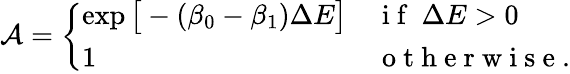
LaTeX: \mathcal{A}=\left\{ \begin{array}{ll}{\exp\big[-(\beta_{0}-\beta_{1})\Delta E\big]}&{\mathrm{~i~f~}\ \Delta E>0}\\ {1}&{\mathrm{~o~t~h~e~r~w~i~s~e~}.}\end{array}\right.